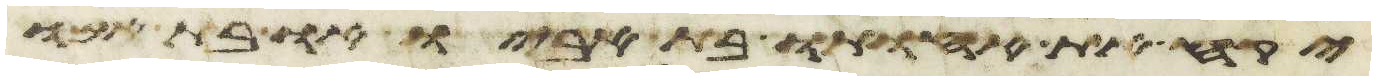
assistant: יקח את אחותו בת אביו או בת אמו